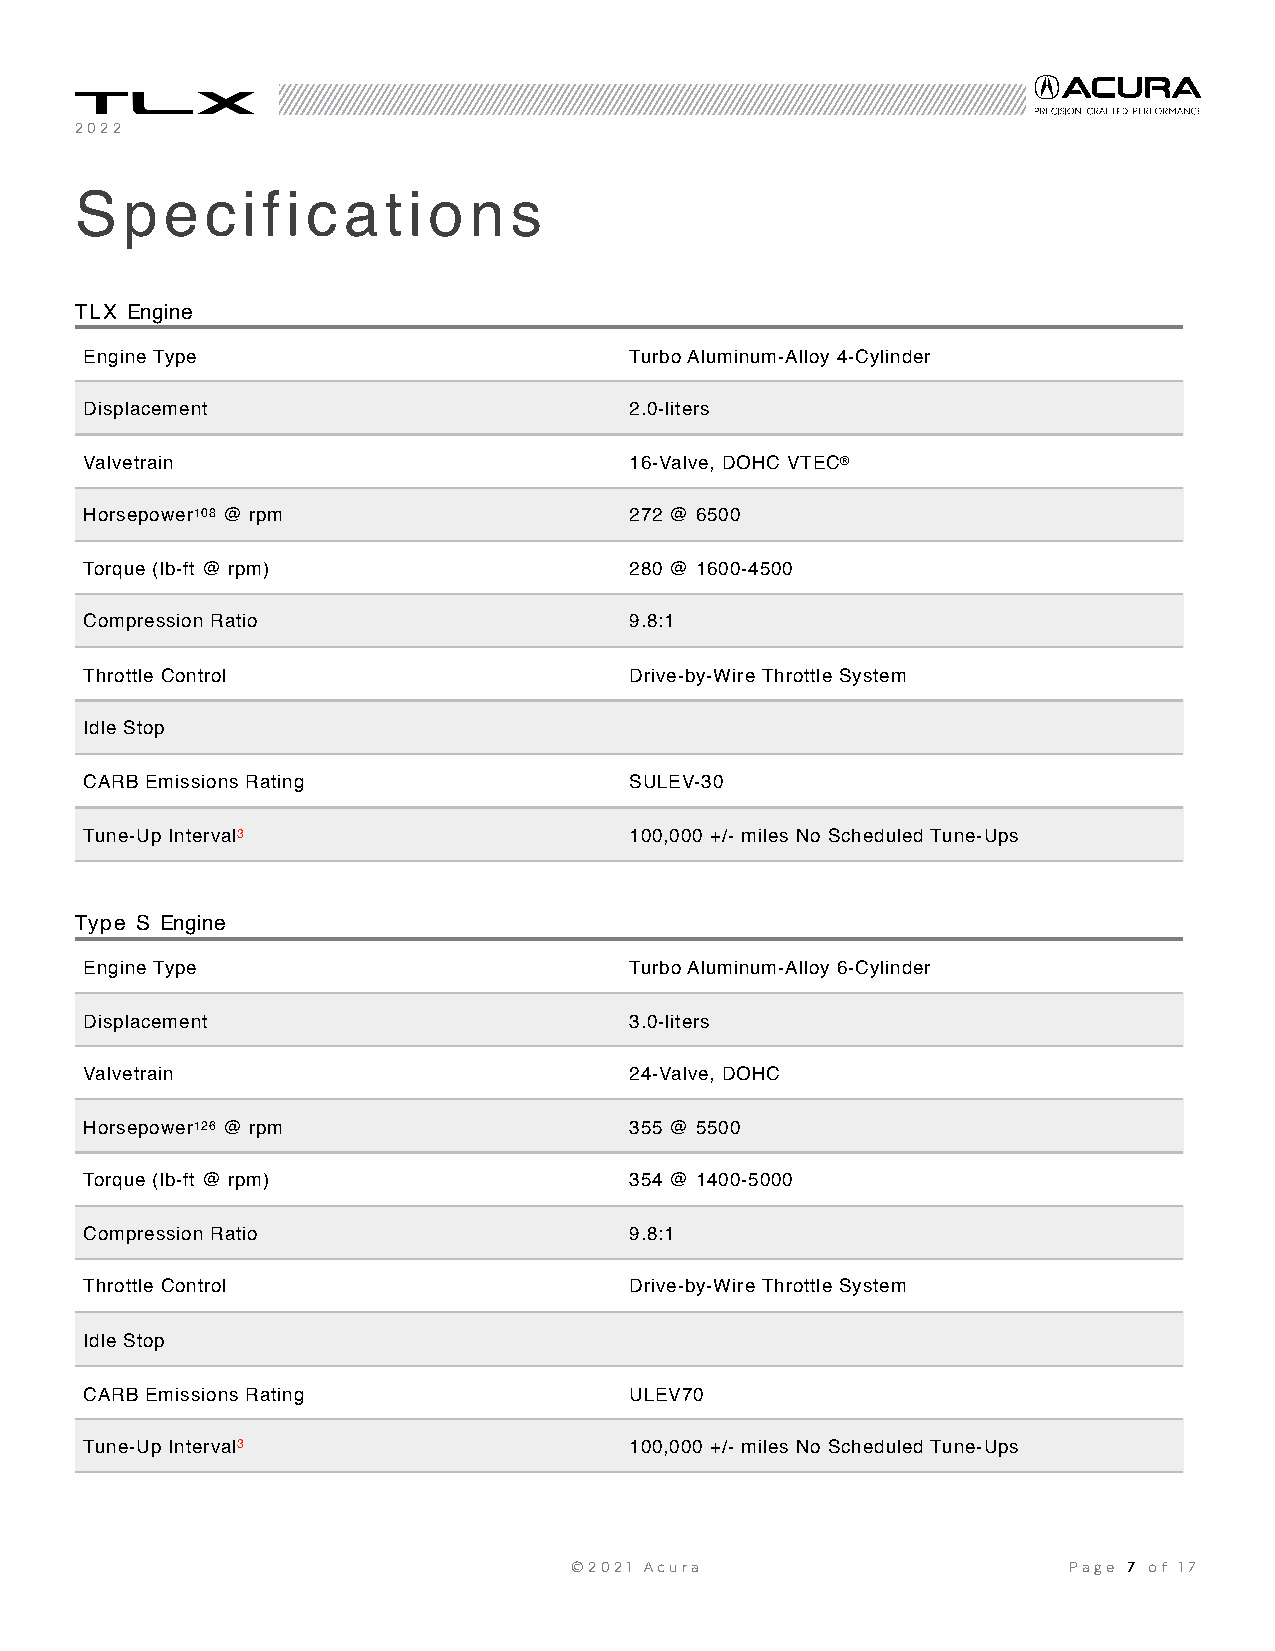
2022
 Speci       fi cations
 TLX Engine
 Engine Type                         Turbo Aluminum-Alloy 4-Cylinder
 Displacement                        2.0-liters
 Valvetrain                          16-Valve, DOHC VTEC®
 Horsepower108 @ rpm                 272 @ 6500
 Torque (lb-ft @ rpm)                280 @ 1600-4500
 Compression Ratio                   9.8:1
 Throttle Control                    Drive-by-Wire Throttle System
 Idle Stop
 CARB Emissions Rating               SULEV-30
 Tune-Up Interval3                   100,000 +/- miles No Scheduled Tune-Ups
 Type S Engine
 Engine Type                         Turbo Aluminum-Alloy 6-Cylinder
 Displacement                        3.0-liters
 Valvetrain                          24-Valve, DOHC
 Horsepower126 @ rpm                 355 @ 5500
 Torque (lb-ft @ rpm)                354 @ 1400-5000
 Compression Ratio                   9.8:1
 Throttle Control                    Drive-by-Wire Throttle System
 Idle Stop
 CARB Emissions Rating               ULEV70
 Tune-Up Interval3                   100,000 +/- miles No Scheduled Tune-Ups
 ©2021 Acura                      Page 7 of 1 7